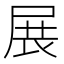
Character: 展